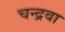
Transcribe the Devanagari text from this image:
चन्द्रवा